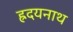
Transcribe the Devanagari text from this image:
ह्रदयनाथ